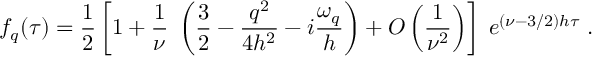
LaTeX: f _ { q } ( \tau ) = \frac 1 2 \left[ 1 + \frac { 1 } { \nu } \; \left( \frac 3 2 - { \frac { q ^ { 2 } } { 4 h ^ { 2 } } } - i { \frac { \omega _ { q } } { h } } \right) + { \cal O } \left( \frac 1 { \nu ^ { 2 } } \right) \right] \; e ^ { ( \nu - 3 / 2 ) h \tau } \; .